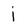
Character: j